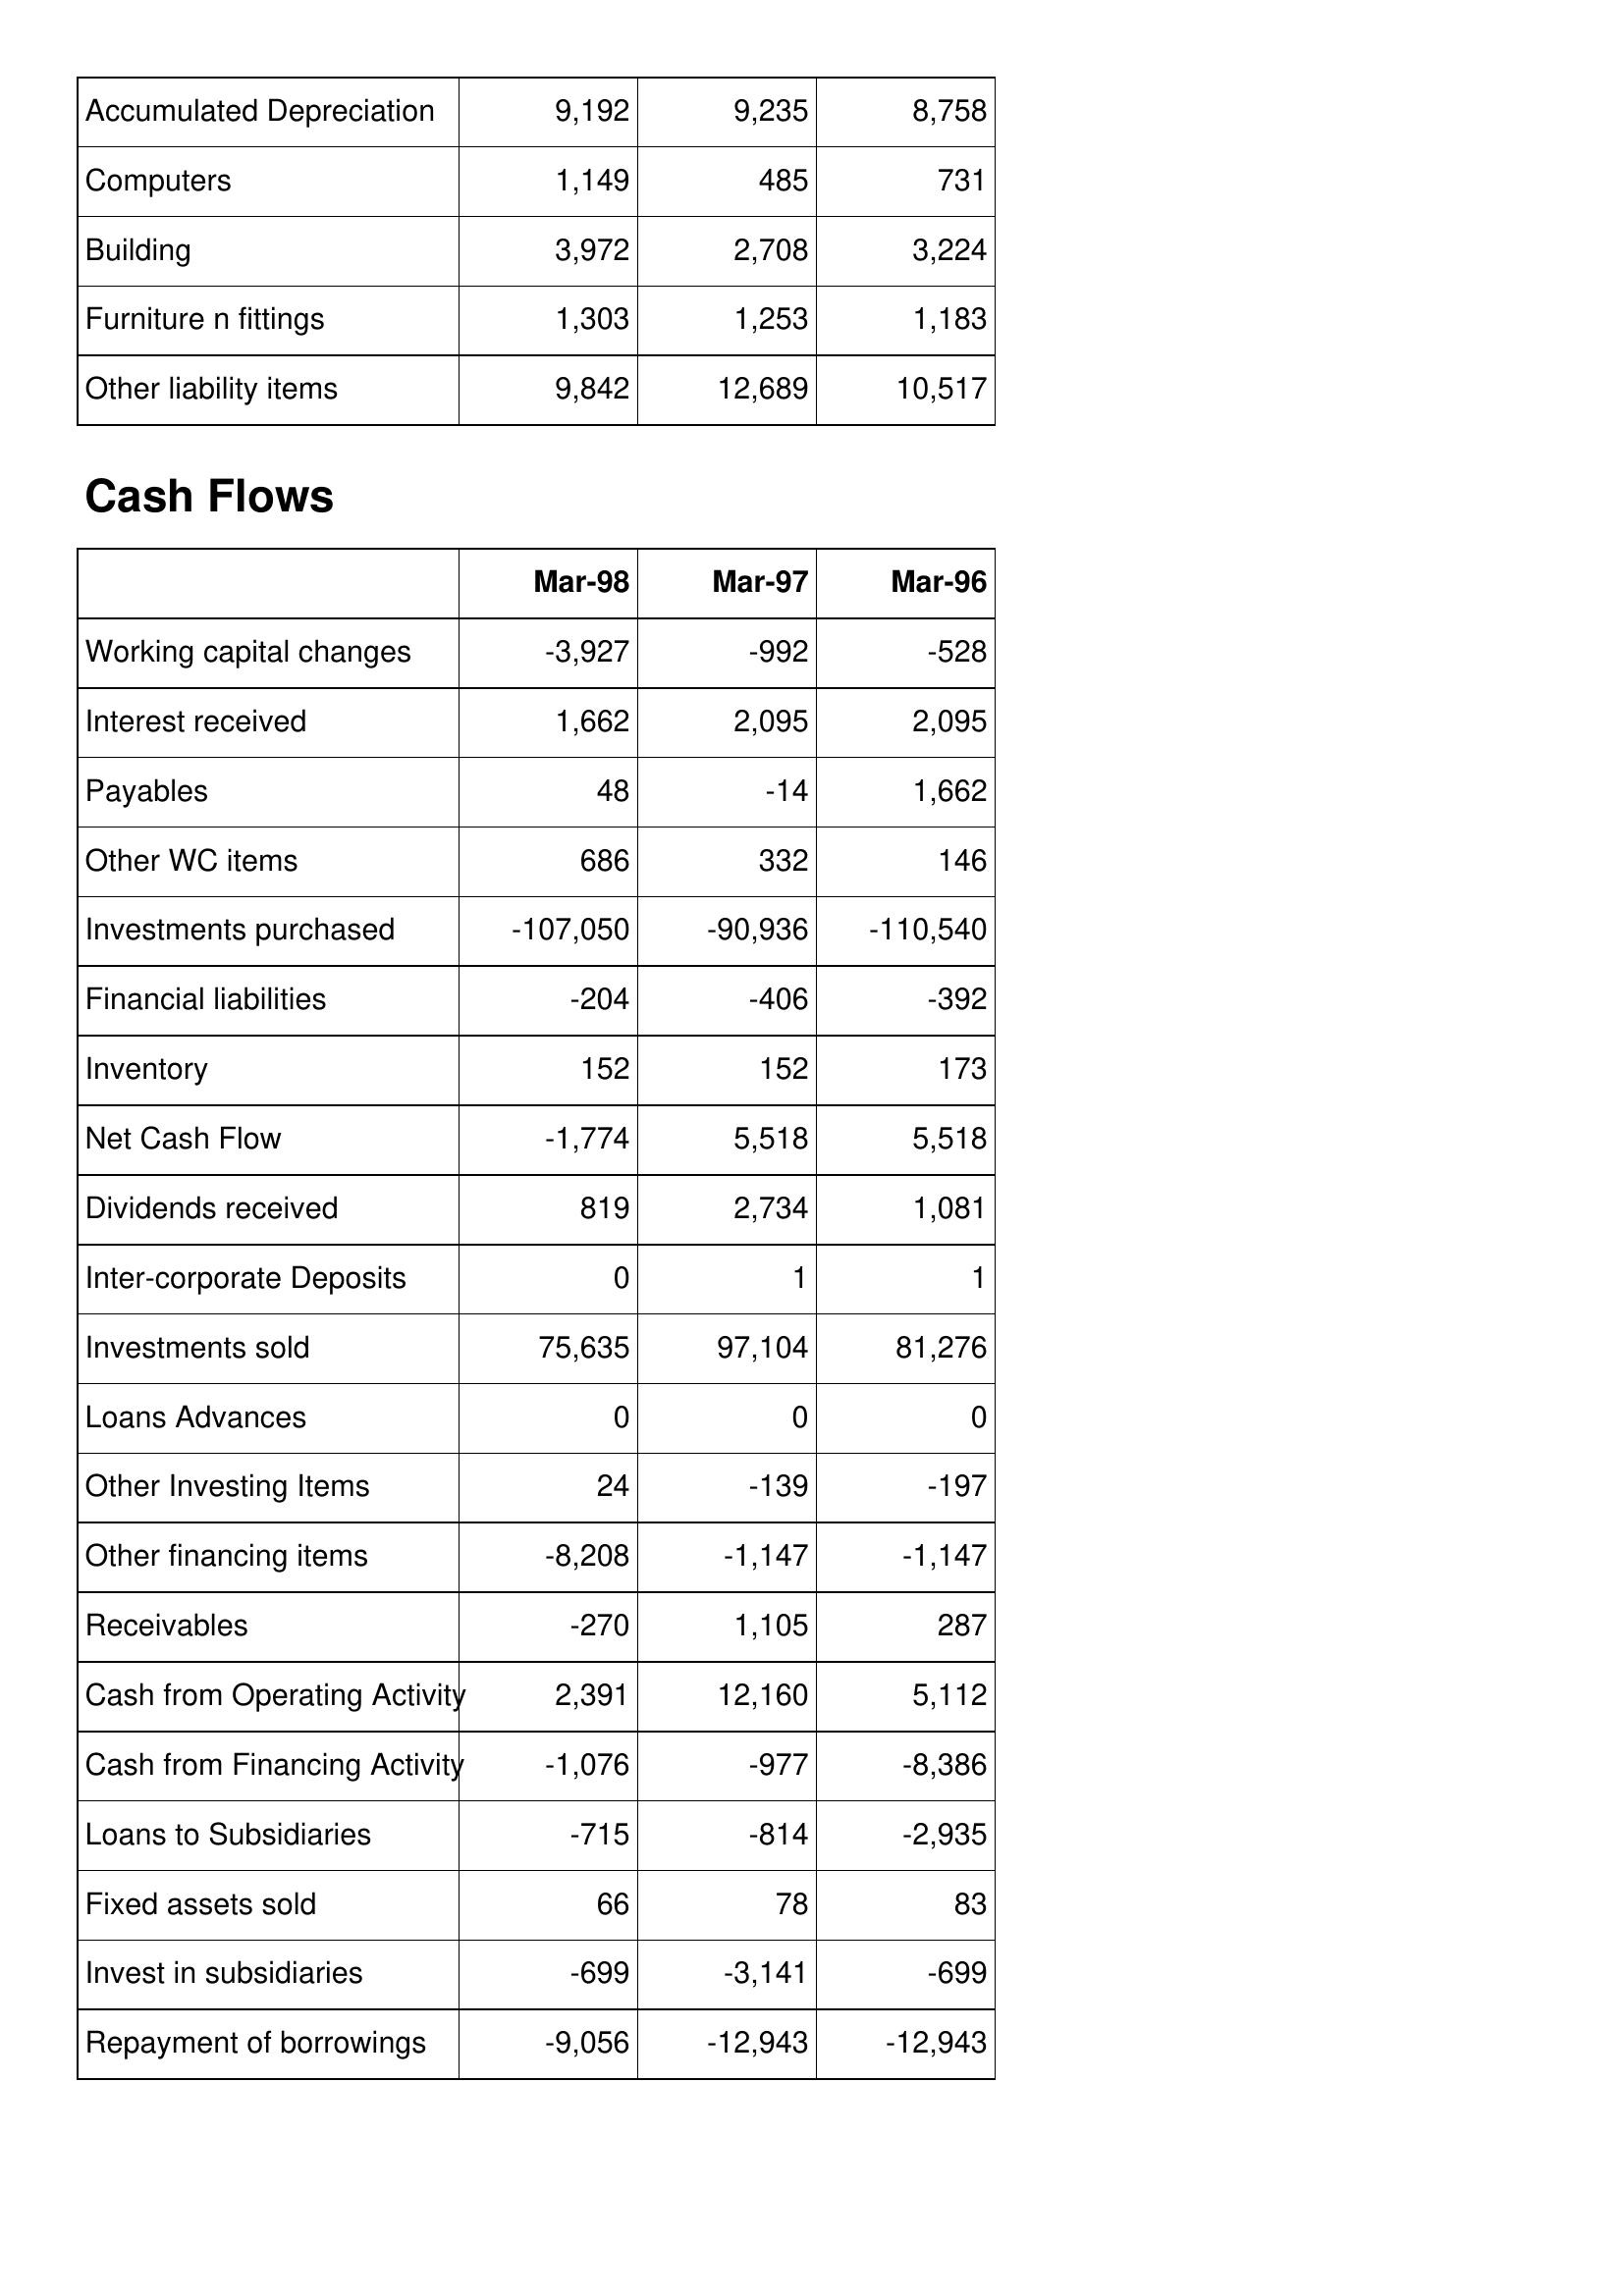
Mar-98: Balance Sheet: Accumulated Depreciation: 9,192
Computers: 1,149
Building: 3,972
Furniture n fittings: 1,303
Other liability items: 9,842
Cash Flows: Working capital changes: -3,927
Interest received: 1,662
Payables: 48
Other WC items: 686
Investments purchased: -107,050
Financial liabilities: -204
Inventory: 152
Net Cash Flow: -1,774
Dividends received: 819
Inter-corporate Deposits: 0
Investments sold: 75,635
Loans Advances: 0
Other Investing Items: 24
Other financing items: -8,208
Receivables: -270
Cash from Operating Activity: 2,391
Cash from Financing Activity: -1,076
Loans to Subsidiaries: -715
Fixed assets sold: 66
Invest in subsidiaries: -699
Repayment of borrowings: -9,056
Mar-97: Balance Sheet: Accumulated Depreciation: 9,235
Computers: 485
Building: 2,708
Furniture n fittings: 1,253
Other liability items: 12,689
Cash Flows: Working capital changes: -992
Interest received: 2,095
Payables: -14
Other WC items: 332
Investments purchased: -90,936
Financial liabilities: -406
Inventory: 152
Net Cash Flow: 5,518
Dividends received: 2,734
Inter-corporate Deposits: 1
Investments sold: 97,104
Loans Advances: 0
Other Investing Items: -139
Other financing items: -1,147
Receivables: 1,105
Cash from Operating Activity: 12,160
Cash from Financing Activity: -977
Loans to Subsidiaries: -814
Fixed assets sold: 78
Invest in subsidiaries: -3,141
Repayment of borrowings: -12,943
Mar-96: Balance Sheet: Accumulated Depreciation: 8,758
Computers: 731
Building: 3,224
Furniture n fittings: 1,183
Other liability items: 10,517
Cash Flows: Working capital changes: -528
Interest received: 2,095
Payables: 1,662
Other WC items: 146
Investments purchased: -110,540
Financial liabilities: -392
Inventory: 173
Net Cash Flow: 5,518
Dividends received: 1,081
Inter-corporate Deposits: 1
Investments sold: 81,276
Loans Advances: 0
Other Investing Items: -197
Other financing items: -1,147
Receivables: 287
Cash from Operating Activity: 5,112
Cash from Financing Activity: -8,386
Loans to Subsidiaries: -2,935
Fixed assets sold: 83
Invest in subsidiaries: -699
Repayment of borrowings: -12,943